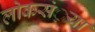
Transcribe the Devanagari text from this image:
लोकसं़या